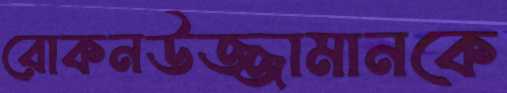
রোকনউজ্জামানকে